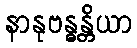
နာနုဗန္ဓန္တိယာ